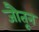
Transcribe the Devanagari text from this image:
जौतून